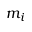
m _ { i }